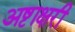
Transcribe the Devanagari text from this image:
अष्टाक्षरी